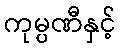
ကုမ္ပဏီနှင့်